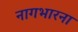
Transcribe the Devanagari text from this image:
नागभारना